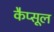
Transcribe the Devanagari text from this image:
कैप्‍सूल